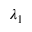
\lambda _ { 1 }